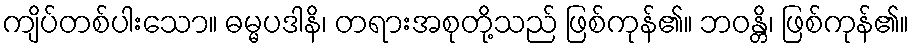
ကျိပ်တစ်ပါးသော။ ဓမ္မပဒါနိ၊ တရားအစုတို့သည် ဖြစ်ကုန်၏။ ဘဝန္တိ၊ ဖြစ်ကုန်၏။